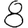
Digit: 8